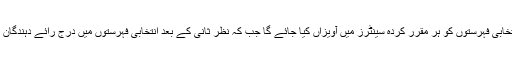
الیکشن کمیشن کے مطابق دوسرے مرحلے میں تمام انتخابی فہرستوں کو ہر مقرر کردہ سینٹرز میں آویزاں کیا جائے گا جب کہ نظر ثانی کے بعد انتخابی فہرستوں میں درج رائے دہندگان کی تعداد 10کروڑ 40 لاکھ سے تجاوز کر جائے گی۔